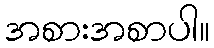
အစားအစာပါ။